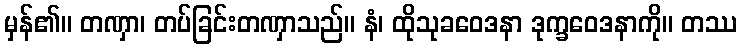
မှန်၏။ တဏှာ၊ တပ်ခြင်းတဏှာသည်။ နံ၊ ထိုသုခဝေဒနာ ဒုက္ခဝေဒနာကို။ တဿ